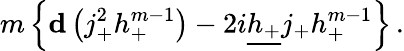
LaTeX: m\left\{ {\mathbf d}\left(j_{+}^{2}h_{+}^{m-1}\right)-2i\underline{{{h_{+}}}}j_{+}h_{+}^{m-1}\right\} \, .